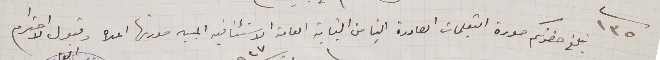
١٣٥    نبلغ حضرتكم صورة التعليمات الصادرة الينا من النيابة المامة الاستئنافيه المبين صورتها اعلاه وقبول الاحترام